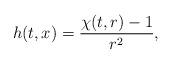
LaTeX: \begin{align*}h(t,x)=\frac{\chi (t,r)-1}{r^{2}} ,\end{align*}